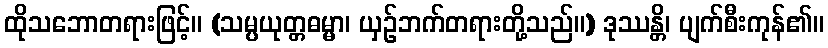
ထိုသဘောတရားဖြင့်။ (သမ္ပယုတ္တဓမ္မာ၊ ယှဉ်ဘက်တရားတို့သည်။) ဒုဿန္တိ၊ ပျက်စီးကုန်၏။